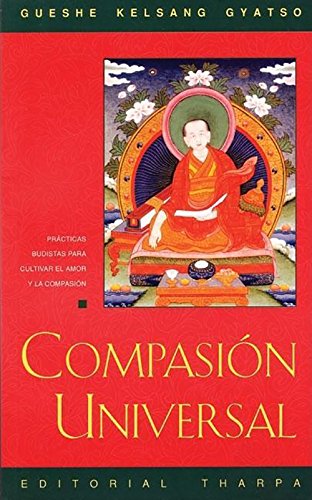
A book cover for Compasion Universal: Practicas Budistas Para Cultivar el Amor y la Compasion (Spanish Edition); Gueshe Kelsang Gyatso; Religion & Spirituality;